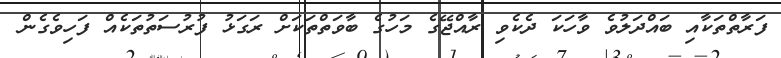
ފަރާތްތަކާއި ބައްދަލުވެ ވާހަކަ ދެކެވި ރާއްޖޭގެ މަހުގެ ބާވަތްތަކަށް ރަގަޅު ފުރުސަތުތަކެއް ފަހިވެގެން